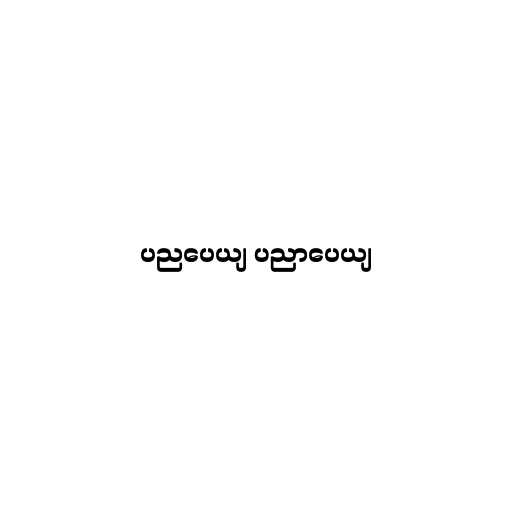
ပညပေယျ ပညာပေယျ